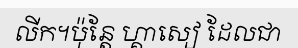
លីក។ប៉ុន្តែ ហ្គាសៀ ដែលជា